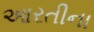
આરતીના